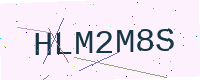
Text: HLM2M8S